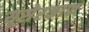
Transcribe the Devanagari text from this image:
यूसेरकाफ